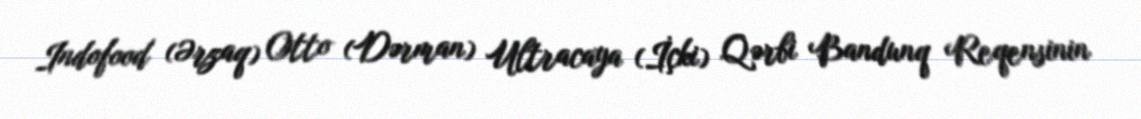
Indofood (Ərzaq) Otto (Dərman) Ultracaya (İçki) Qərbi Bandunq Reqensinin